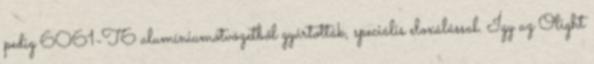
pedig 6061-T6 alumíniumötvözetből gyártották, speciális eloxálással. Így az Olight